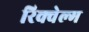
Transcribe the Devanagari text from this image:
रिक्वेल्म